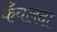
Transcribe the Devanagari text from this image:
कँवलदा